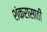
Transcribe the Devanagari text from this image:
शंकरासाठी